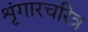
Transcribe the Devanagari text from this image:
शृंगारचरित्र